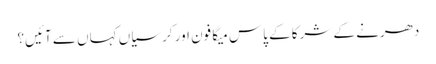
دھرنے کے شرکا کے پاس میگا فون اور کرسیاں کہاں سے آئیں؟